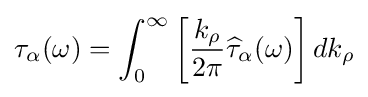
\tau _{\alpha }(\omega )=\int _{0}^{\infty }\left[{\frac {k_{\rho }}{2\pi }}{\widehat {\tau }}_{\alpha }(\omega )\right]dk_{\rho }